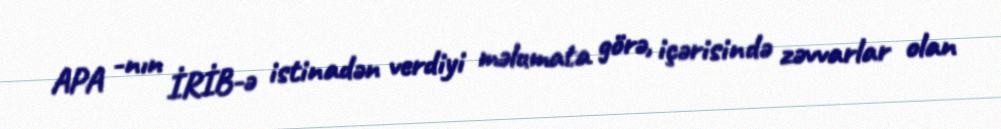
APA -nın İRİB-ə istinadən verdiyi məlumata görə, içərisində zəvvarlar olan